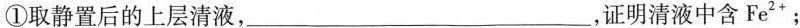
①\rightarrow取静置后的上层清液，_，证明清液中含Fe2+；